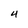
Character: 4